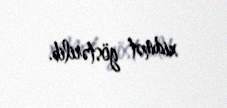
xidmət göstərilib.